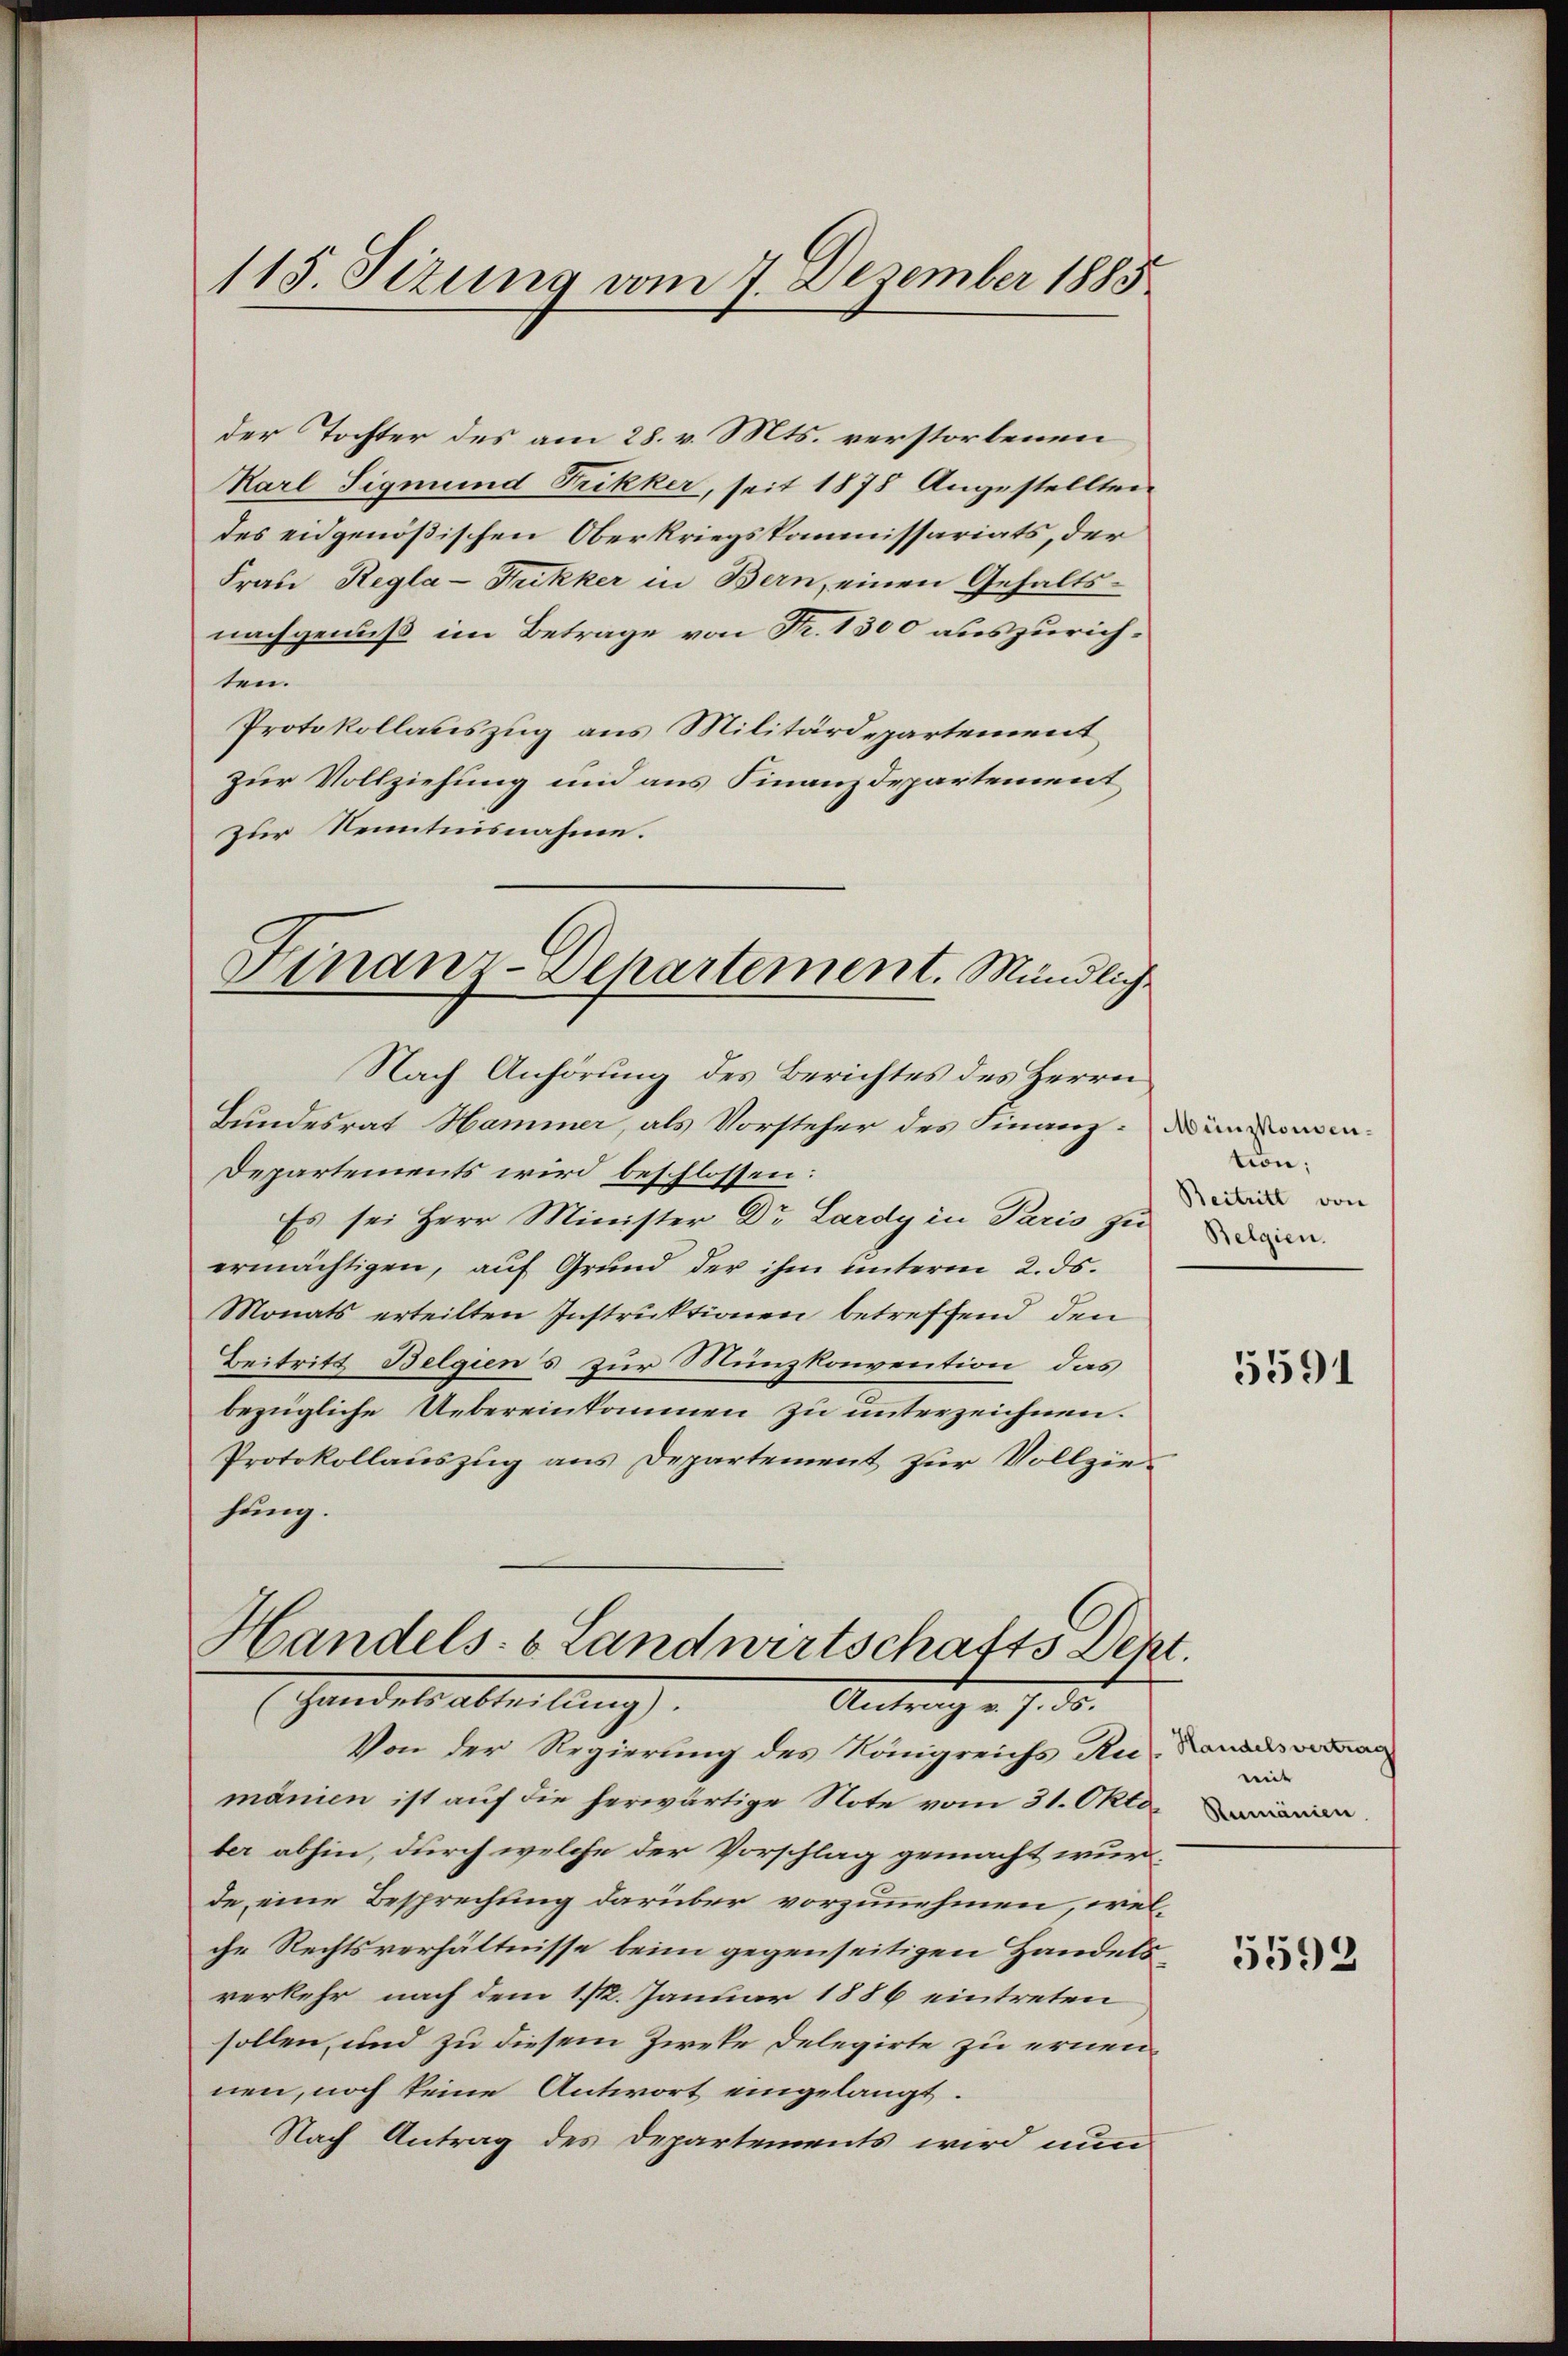
115. Sizung vom 7. Dezember 1883

der Tochter des am 28. v. Mts. verstorbenen
Karl Sigmund Frikker, seit 1878 Angestellten
des eidgenößischen Oberkriegskommissariats, der
Frau Regla-Rukker in Bern, einen Gehalts-
nachgenuß im Betrage von Fr. 1300 auszurichten.
Protokollauszug aus Militärdepartement
zur Vollziehung und aus Finanzdepartement,
zur Kenntnisnahme.
Nach Anhörung des Berichtes des Herrn
Bundesrat Hammer, als Vorsteher des Finanz-Damen
Departements wird beschlossen:
Es sei Herr Minister Dr. Lardy in Paris zu
ermächtigen, auf Grund der ihm unterm 2. ds.
Monats erteilten Instruktionen betreffend den
Beitritt Belgiens zur Münzkonvention, das
bezügliche Uebereinkommen zu unterzeichnen.
Protokollauszug aus Departement zur Vollziehung.
Handels- & Landwirtschafts Dek
handels Abteilung.
Antrag v. 7. ds.
Von der Regierung des Königreichs Ru
mänien ist auf die herwärtige Note vom 31. Oktoter abhin, durch welche der Vorschlag gemacht wurde eine Besprechung darüber vorzunehmen, wel
che Rechtsverhältnisse beim gegenseitigen Handelsverkehr nach dem 1/12. Januar 1886 eintreten
sollen, und zu diesem Zweke Delegirte zu ernennen, noch keine Antwort eingelangt.
Nach Antrag des Departements wird nun

Finanz-Departement. Mündliche

tion;
Beitritt von
Belgien.

1.

5591

Handelsvertrag
mit |
Rumänien

5593